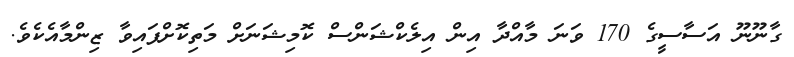
ގާނޫނޫ އަސާސީގެ 170 ވަނަ މާއްދާ އިން އިލެކްޝަންސް ކޮމިޝަނަށް މަތިކޮށްފައިވާ ޒިންމާއެކެވެ.